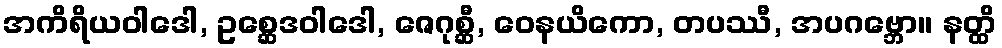
အကိရိယဝါဒေါ, ဥစ္ဆေဒဝါဒေါ, ဇေဂုစ္ဆီ, ဝေနယိကော, တပဿီ, အပဂဗ္ဘော။ နတ္ထိ